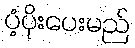
ပံ့ပိုးပေးမည်